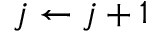
j \leftarrow j + 1